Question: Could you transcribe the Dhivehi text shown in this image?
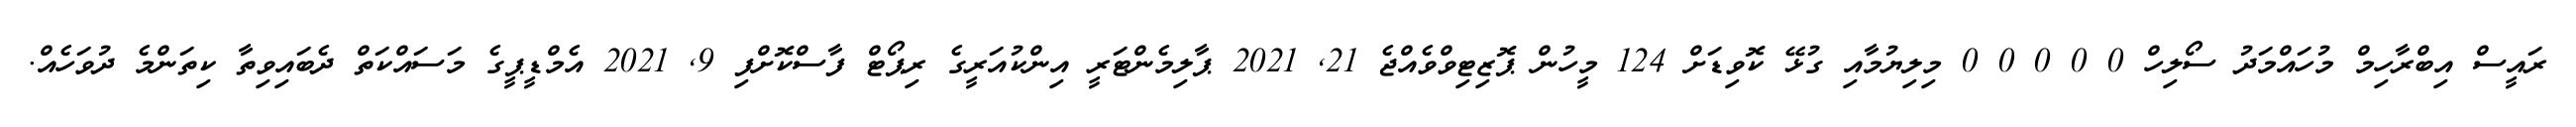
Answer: ރައީސް އިބްރާހިމް މުހައްމަދު ސޯލިހް 0 0 0 0 0 މިލިޔުމާއި ގުޅޭ ކޮވިޑަށް 124 މީހުން ޕޮޒިޓިވްވެއްޖެ 21, 2021 ޕާލިމެންޓަރީ އިންކުއަރީގެ ރިޕޯޓް ފާސްކޮށްފި 9, 2021 އެމްޑީޕީގެ މަސައްކަތް ދެބައިވިތާ ކިތަންމެ ދުވަހެއް.